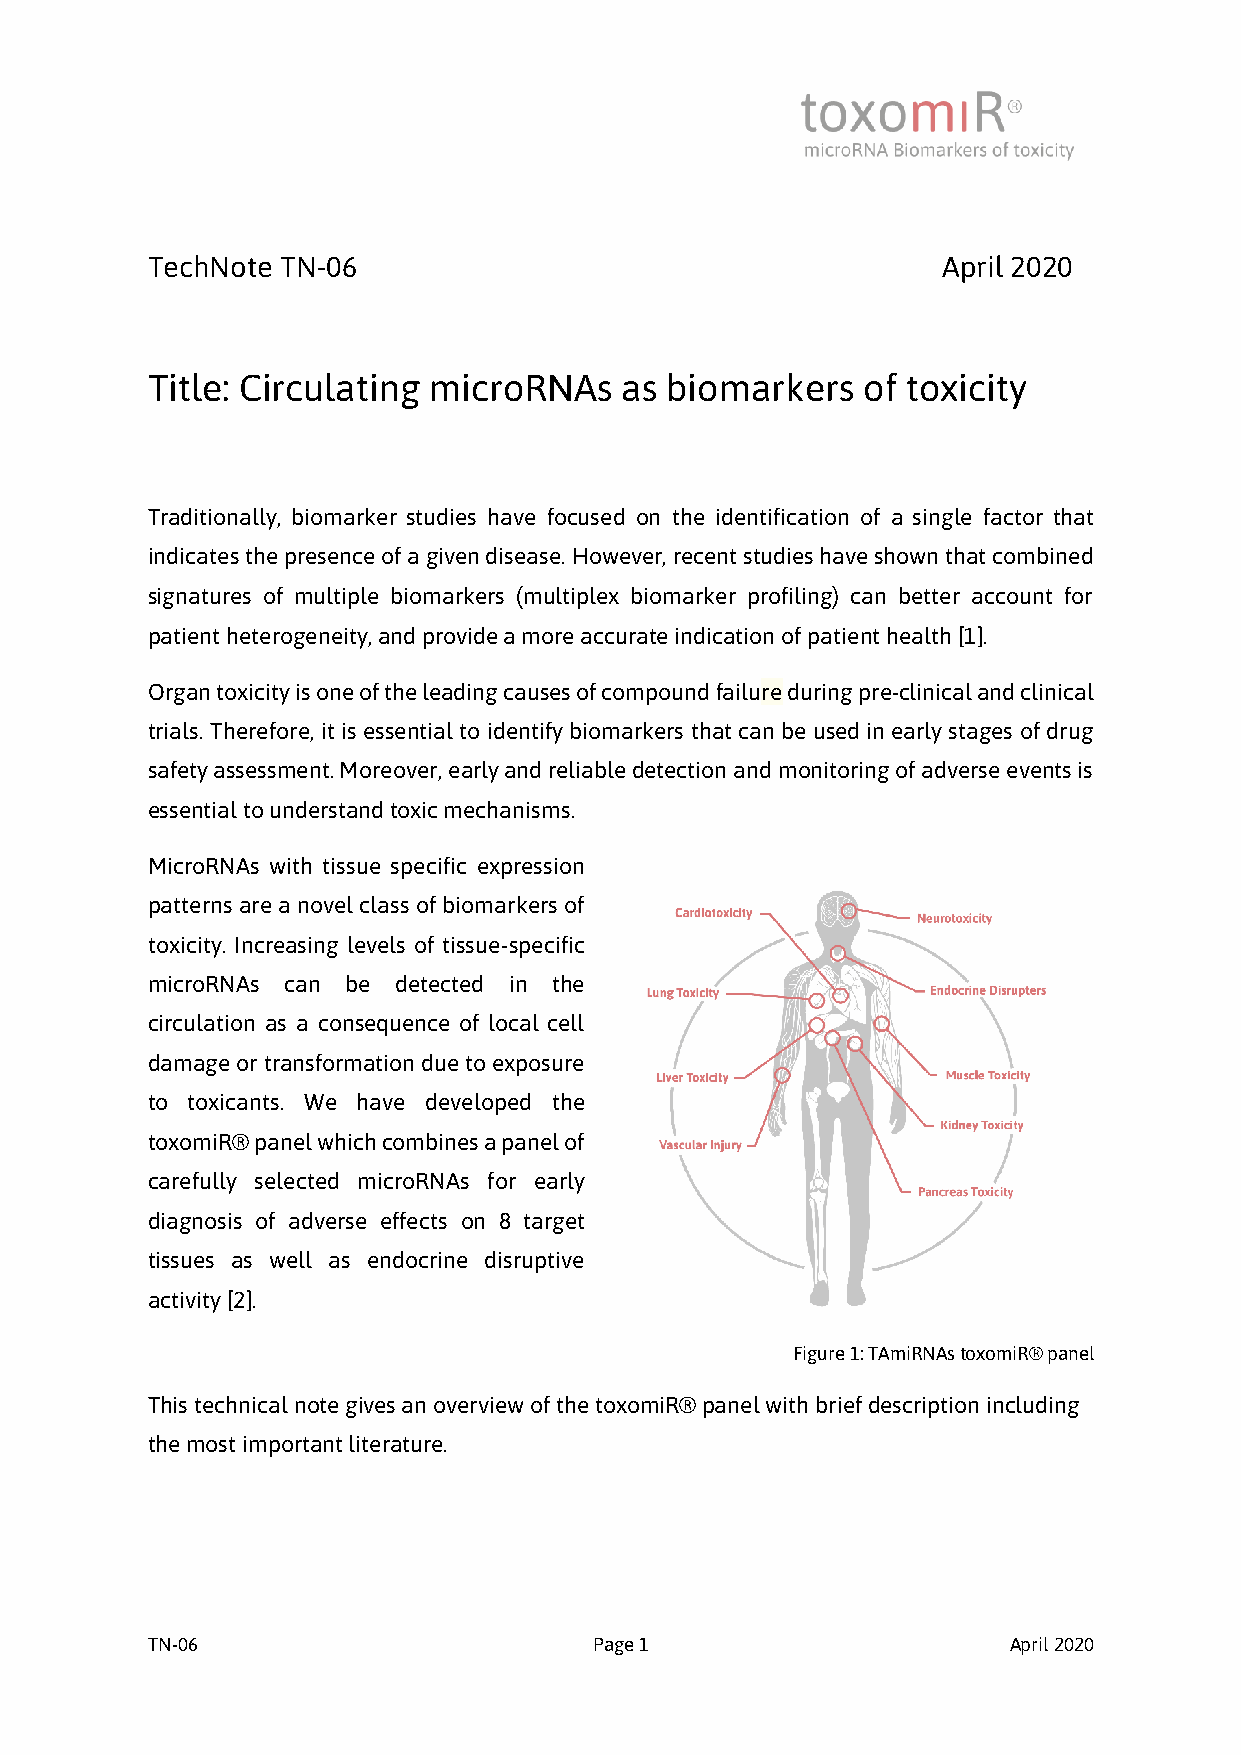
TechNote TN-06                                      April 2020
 Title: Circulating microRNAs   as biomarkers   of toxicity
 Traditionally, biomarker studies have focused on the identification of a single factor that
 indicates the presence of a given disease. However, recent studies have shown that combined
 signatures of multiple biomarkers (multiplex biomarker profiling) can better account for
 patient heterogeneity, and provide a more accurate indication of patient health [1].
 Organ toxicity is one of the leading causes of compound failure during pre-clinical and clinical
 trials. Therefore, it is essential to identify biomarkers that can be used in early stages of drug
 safety assessment. Moreover, early and reliable detection and monitoring of adverse events is
 essential to understand toxic mechanisms.
 MicroRNAs with tissue specific expression
 patterns are a novel class of biomarkers of
 toxicity. Increasing levels of tissue-specific
 microRNAs can be detected in the
 circulation as a consequence of local cell
 damage or transformation due to exposure
 to toxicants. We have developed the
 toxomiR® panel which combines a panel of
 carefully selected microRNAs for early
 diagnosis of adverse effects on 8 target
 tissues as well as endocrine disruptive
 activity [2].
 Figure 1: TAmiRNAs toxomiR® panel
 This technical note gives an overview of the toxomiR® panel with brief description including
 the most important literature.
 TN-06                        Page 1                      April 2020